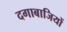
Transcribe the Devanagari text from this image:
दगाबाजियों